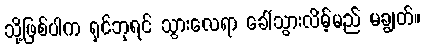
သို့ဖြစ်ပါက ရှင်ဘုရင် သွားလေရာ ခေါ်သွားလိမ့်မည် မချွတ်။